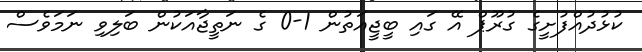
ކުޅުދުއްފުށީގެ ގުރޫޕް އޭ ގައި ބީޖީއަތުން 1-0 ގެ ނަތީޖާއަކުން ބަލިވި ނަމަވެސް